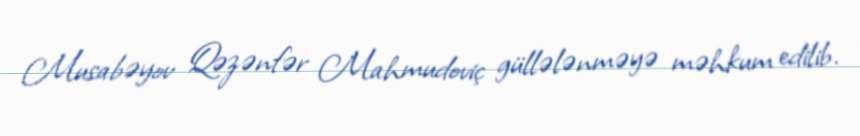
Musabəyov Qəzənfər Mahmudoviç güllələnməyə məhkum edilib.